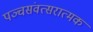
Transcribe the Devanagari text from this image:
पञ्चसंवत्सरात्मक